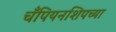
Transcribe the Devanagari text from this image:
चँपियनशिपच्या